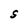
Character: S